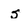
Character: s